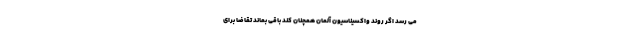
می رسد اگر روند واکسیناسیون آلمان همچنان کند باقی بماند تقاضا برای